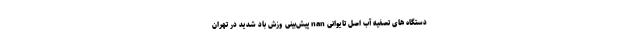
دستگاه های تصفیه آب اصل تایوانی nan پیش‌بینی وزش باد شدید در تهران